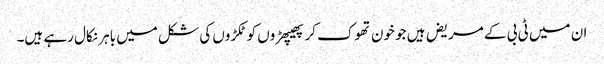
ان میں ٹی بی کے مریض ہیں جو خون تھوک کر پھیپھڑوں کو ٹکڑوں کی شکل میں باہر نکال رہے ہیں۔